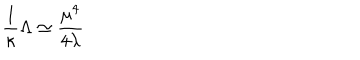
\frac { 1 } { \kappa } \Lambda \simeq \frac { \mu ^ { 4 } } { 4 \lambda }